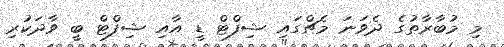
މި މުބާރާތުގެ ދެވަނަ މެޗްގައި ޝިފްޓް ޑީ އާއި ޝިފްޓް ބީ ވާދަކުރި